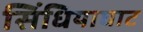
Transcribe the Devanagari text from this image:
सिंधियाघाट